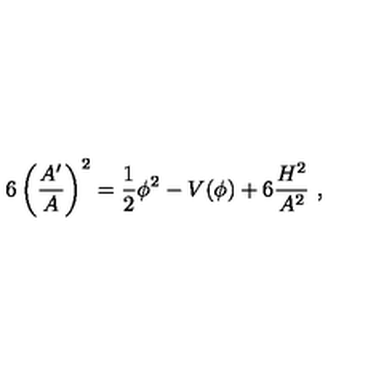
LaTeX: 6 \left( { \frac { A ^ { \prime } } { A } } \right) ^ { 2 } = { \frac { 1 } { 2 } } \phi ^ { 2 } - V ( \phi ) + 6 { \frac { H ^ { 2 } } { A ^ { 2 } } } \ ,